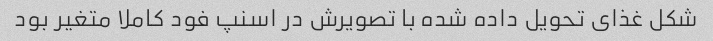
شکل غذای تحویل داده شده با تصویرش در اسنپ فود کاملا متغیر بود